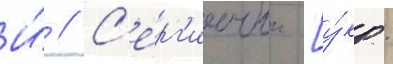
И́ // С'ерг'иичук [у́кр.